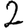
Digit: 2